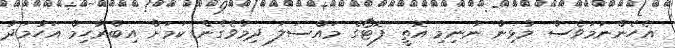
އެހެންނަމަވެސް މުޅިން ނުނިމި އޮތީ ފޮޓޯގެ މައްސަލަ ދިމާވެގެން ކަމަށް އިބްރާހިމް އަހުމަދު